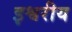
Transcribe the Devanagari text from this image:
इश्वरीय